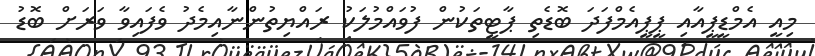
މިއީ އެމްޑީޕީއާއި ޕީޕީއެމްފަދަ ބޮޑެތި ޕާޓީތަކުން ފުވައްމުލަކު ރައްޔިތުންނާއިމެދު ވެފައިވާ ވަރަށް ބޮޑު